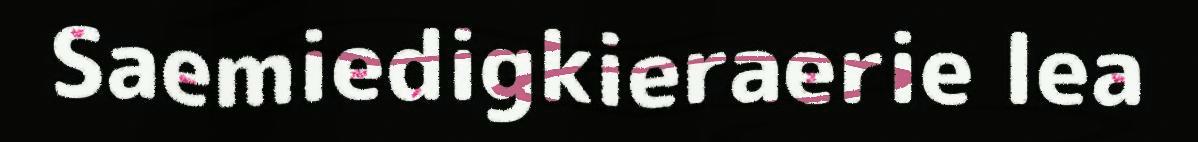
Saemiedigkieraerie lea